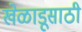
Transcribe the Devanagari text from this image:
खेळाडूसाठी